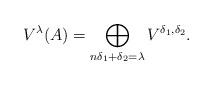
LaTeX: \begin{align*} V^{\lambda}(A) =\bigoplus_{n\delta_1+\delta_2 = \lambda} V^{\delta_1,\delta_2}.\end{align*}